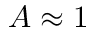
A \approx 1